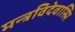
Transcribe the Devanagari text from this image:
मन्त्रविदेवास्मि